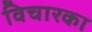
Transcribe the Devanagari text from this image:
विचारका